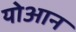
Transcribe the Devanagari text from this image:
योआन